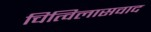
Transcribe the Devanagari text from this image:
चित्विलासवाद